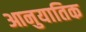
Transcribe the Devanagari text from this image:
आनुयातिक